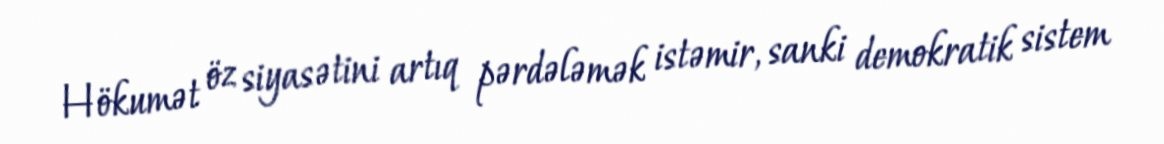
Hökumət öz siyasətini artıq pərdələmək istəmir, sanki demokratik sistem